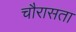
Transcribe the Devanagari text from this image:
चौरासता